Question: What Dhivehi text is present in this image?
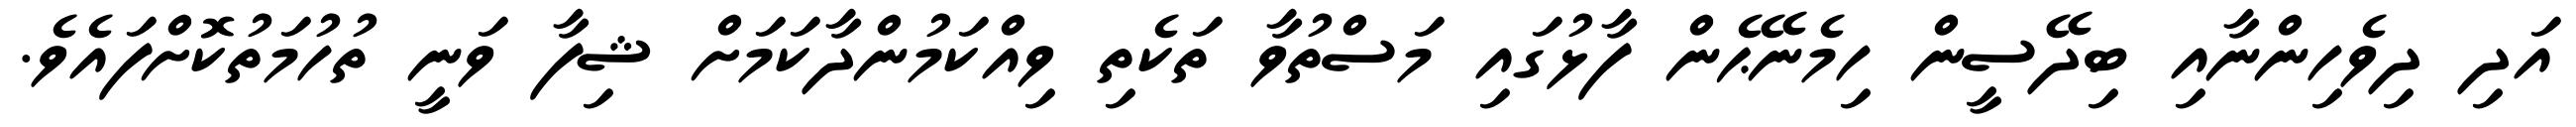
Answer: އަދި ދިވެހިންނާއި ބިދޭސީން ހިމެނޭޙެން ފާޅުގައި މަސްތުވާ ތަކެތި ވިއްކަމުންދާކަމަށް ޝިފާ ވަނީ ތުހުމަތުކޮށްފައެވެ.